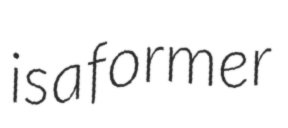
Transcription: is a former